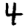
Digit: 4